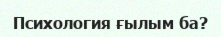
Психология ғылым ба?